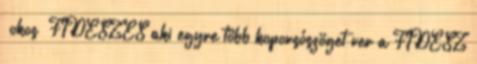
“okos” FIDESZES aki egyre több koporsószöget ver a FIDESZ